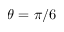
\theta = \pi / 6